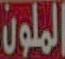
الملون